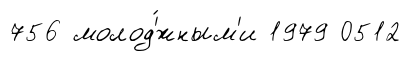
756 молод'́жным'и 1979 0512